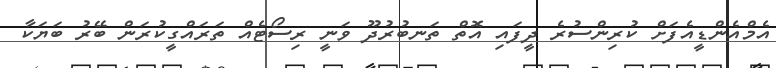
އެމްއެންޑީއެފަށް ކުރިންސުރެ ދީފައި އޮތް ތަނބުރުދޫ ވަނީ ރިސޯޓެއް ތަރައްގީކުރަން ބޭރު ބަޔަކާ